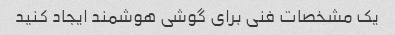
یک مشخصات فنی برای گوشی هوشمند ایجاد کنید